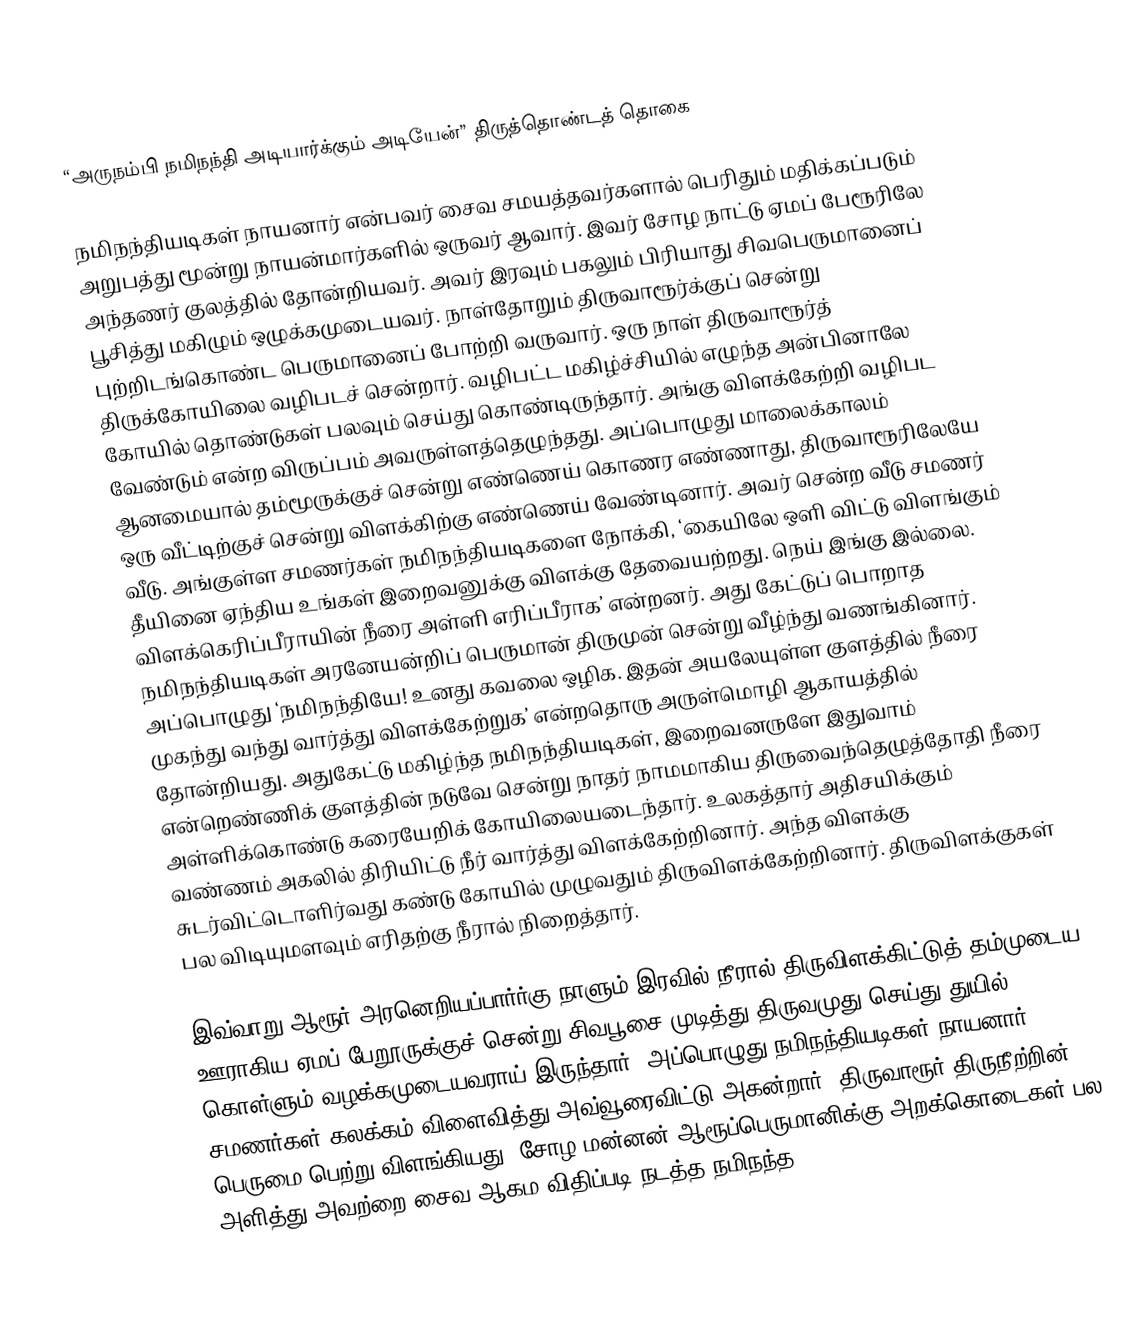
“அருநம்பி நமிநந்தி அடியார்க்கும் அடியேன்” திருத்தொண்டத் தொகை

நமிநந்தியடிகள் நாயனார் என்பவர் சைவ சமயத்தவர்களால் பெரிதும் மதிக்கப்படும் அறுபத்து மூன்று நாயன்மார்களில் ஒருவர் ஆவார். இவர் சோழ நாட்டு ஏமப் பேரூரிலே அந்தணர் குலத்தில் தோன்றியவர். அவர் இரவும் பகலும் பிரியாது சிவபெருமானைப் பூசித்து மகிழும் ஒழுக்கமுடையவர். நாள்தோறும் திருவாரூர்க்குப் சென்று புற்றிடங்கொண்ட பெருமானைப் போற்றி வருவார். ஒரு நாள் திருவாரூர்த் திருக்கோயிலை வழிபடச் சென்றார். வழிபட்ட மகிழ்ச்சியில் எழுந்த அன்பினாலே கோயில் தொண்டுகள் பலவும் செய்து கொண்டிருந்தார். அங்கு விளக்கேற்றி வழிபட வேண்டும் என்ற விருப்பம் அவருள்ளத்தெழுந்தது. அப்பொழுது மாலைக்காலம் ஆனமையால் தம்மூருக்குச் சென்று எண்ணெய் கொணர எண்ணாது, திருவாரூரிலேயே ஒரு வீட்டிற்குச் சென்று விளக்கிற்கு எண்ணெய் வேண்டினார். அவர் சென்ற வீடு சமணர் வீடு. அங்குள்ள சமணர்கள் நமிநந்தியடிகளை நோக்கி, ‘கையிலே ஒளி விட்டு விளங்கும் தீயினை ஏந்திய உங்கள் இறைவனுக்கு விளக்கு தேவையற்றது. நெய் இங்கு இல்லை. விளக்கெரிப்பீராயின் நீரை அள்ளி எரிப்பீராக’ என்றனர். அது கேட்டுப் பொறாத நமிநந்தியடிகள் அரனேயன்றிப் பெருமான் திருமுன் சென்று வீழ்ந்து வணங்கினார். அப்பொழுது ‘நமிநந்தியே! உனது கவலை ஒழிக. இதன் அயலேயுள்ள குளத்தில் நீரை முகந்து வந்து வார்த்து விளக்கேற்றுக’ என்றதொரு அருள்மொழி ஆகாயத்தில் தோன்றியது. அதுகேட்டு மகிழ்ந்த நமிநந்தியடிகள், இறைவனருளே இதுவாம் என்றெண்ணிக் குளத்தின் நடுவே சென்று நாதர் நாமமாகிய திருவைந்தெழுத்தோதி நீரை அள்ளிக்கொண்டு கரையேறிக் கோயிலையடைந்தார். உலகத்தார் அதிசயிக்கும் வண்ணம் அகலில் திரியிட்டு நீர் வார்த்து விளக்கேற்றினார். அந்த விளக்கு சுடர்விட்டொளிர்வது கண்டு கோயில் முழுவதும் திருவிளக்கேற்றினார். திருவிளக்குகள் பல விடியுமளவும் எரிதற்கு நீரால் நிறைத்தார்.

இவ்வாறு ஆரூர் அரனெறியப்பார்ர்கு நாளும் இரவில் நீரால் திருவிளக்கிட்டுத் தம்முடைய ஊராகிய ஏமப் பேறூருக்குச் சென்று சிவபூசை முடித்து திருவமுது செய்து துயில் கொள்ளும் வழக்கமுடையவராய் இருந்தார். அப்பொழுது நமிநந்தியடிகள் நாயனார் சமணர்கள் கலக்கம் விளைவித்து அவ்வூரைவிட்டு அகன்றார். திருவாரூர் திருநீற்றின் பெருமை பெற்று விளங்கியது. சோழ மன்னன் ஆரூப்பெருமானிக்கு அறக்கொடைகள் பல அளித்து அவற்றை சைவ ஆகம விதிப்படி நடத்த நமிநந்த